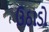
ઉઠાડો